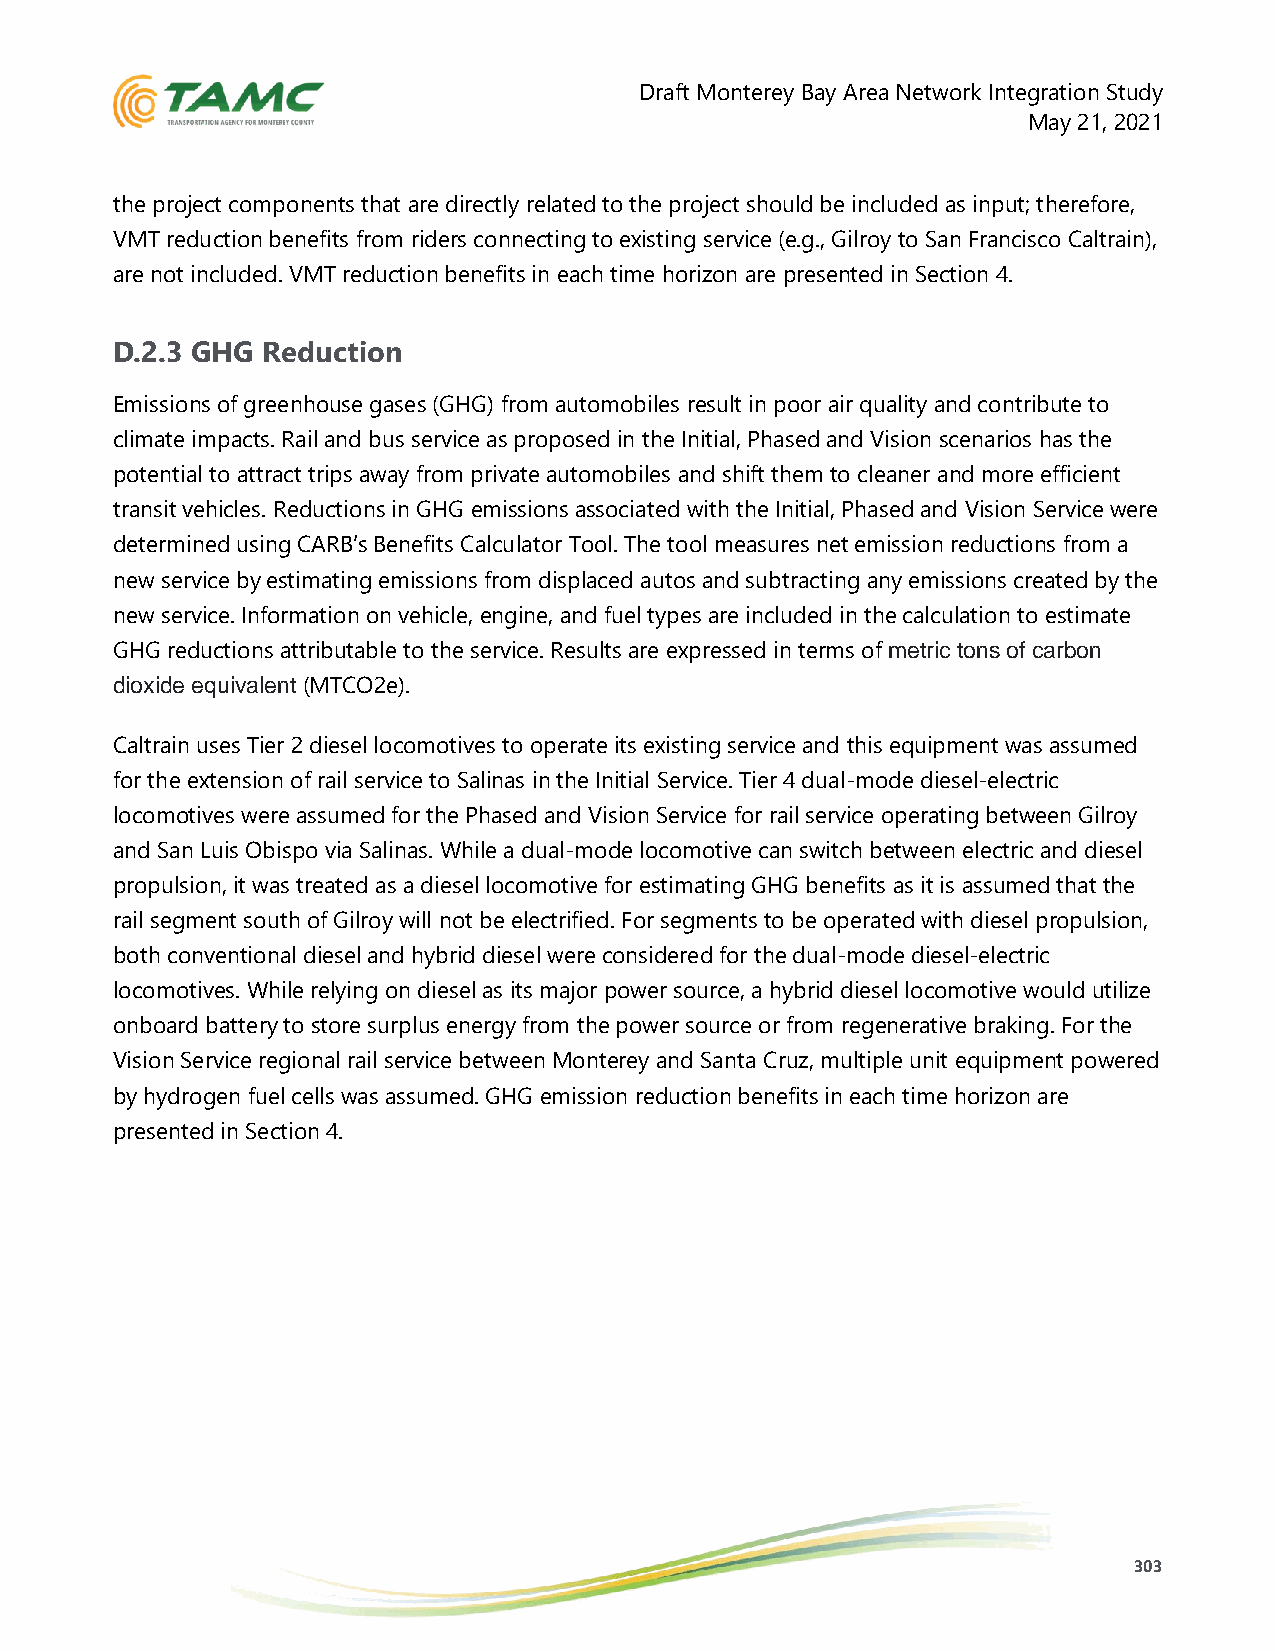
Draft Monterey Bay Area Network Integration Study
 May 21, 2021
 the project components that are directly related to the project should be included as input; therefore,
 VMT reduction benefits from riders connecting to existing service (e.g., Gilroy to San Francisco Caltrain),
 are not included. VMT reduction benefits in each time horizon are presented in Section 4.
 D.2.3 GHG Reduction
 Emissions of greenhouse gases (GHG) from automobiles result in poor air quality and contribute to
 climate impacts. Rail and bus service as proposed in the Initial, Phased and Vision scenarios has the
 potential to attract trips away from private automobiles and shift them to cleaner and more efficient
 transit vehicles. Reductions in GHG emissions associated with the Initial, Phased and Vision Service were
 determined using CARB’s Benefits Calculator Tool. The tool measures net emission reductions from a
 new service by estimating emissions from displaced autos and subtracting any emissions created by the
 new service. Information on vehicle, engine, and fuel types are included in the calculation to estimate
 GHG reductions attributable to the service. Results are expressed in terms of metric tons of carbon
 dioxide equivalent (MTCO2e).
 Caltrain uses Tier 2 diesel locomotives to operate its existing service and this equipment was assumed
 for the extension of rail service to Salinas in the Initial Service. Tier 4 dual-mode diesel-electric
 locomotives were assumed for the Phased and Vision Service for rail service operating between Gilroy
 and San Luis Obispo via Salinas. While a dual-mode locomotive can switch between electric and diesel
 propulsion, it was treated as a diesel locomotive for estimating GHG benefits as it is assumed that the
 rail segment south of Gilroy will not be electrified. For segments to be operated with diesel propulsion,
 both conventional diesel and hybrid diesel were considered for the dual-mode diesel-electric
 locomotives. While relying on diesel as its major power source, a hybrid diesel locomotive would utilize
 onboard battery to store surplus energy from the power source or from regenerative braking. For the
 Vision Service regional rail service between Monterey and Santa Cruz, multiple unit equipment powered
 by hydrogen fuel cells was assumed. GHG emission reduction benefits in each time horizon are
 presented in Section 4.
 303